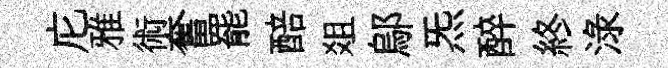
庀雅術奮罷醅爼鄔炁醉終渌